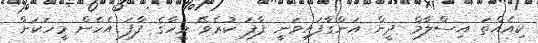
ކިއެއްތަ އިސްލާމް ދީން އަންގާފައިވަނީ ފާފަ ކުރެވޭ މީހާގެ ފާފަ އެހެން މީހަކަށް